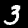
Digit: 3